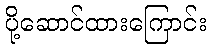
ပို့ဆောင်ထားကြောင်း